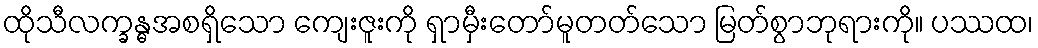
ထိုသီလက္ခန္ဓအစရှိသော ကျေးဇူးကို ရှာမှီးတော်မူတတ်သော မြတ်စွာဘုရားကို။ ပဿထ၊